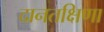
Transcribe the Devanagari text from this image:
दानतक्षिणा